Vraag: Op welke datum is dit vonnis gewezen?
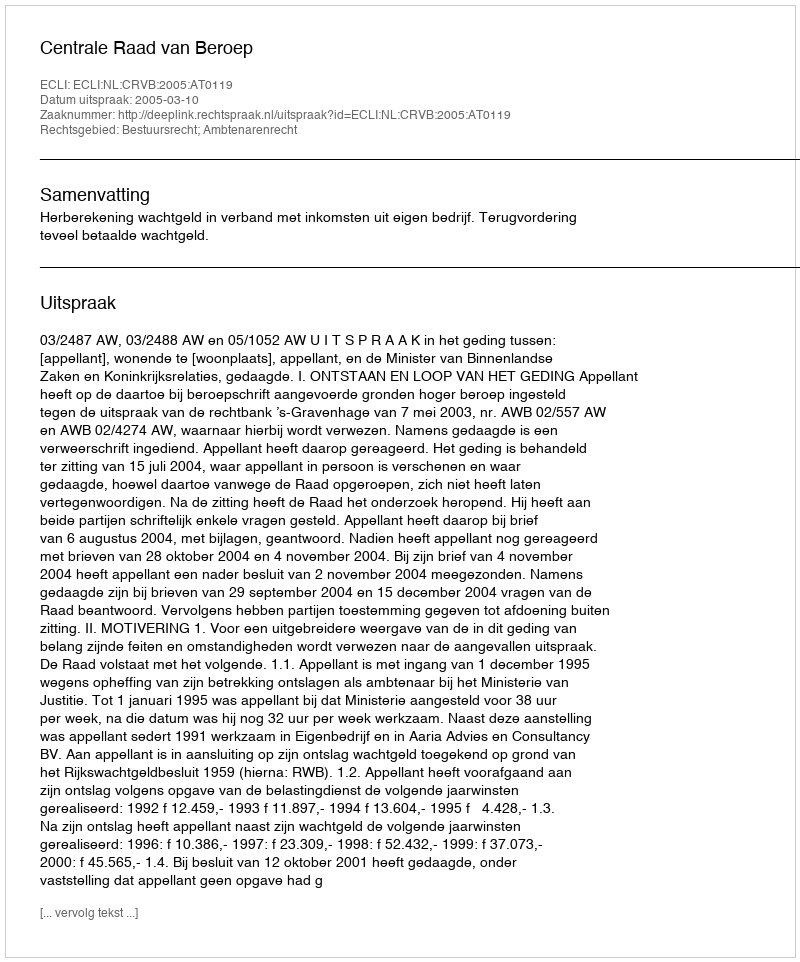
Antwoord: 2005-03-10